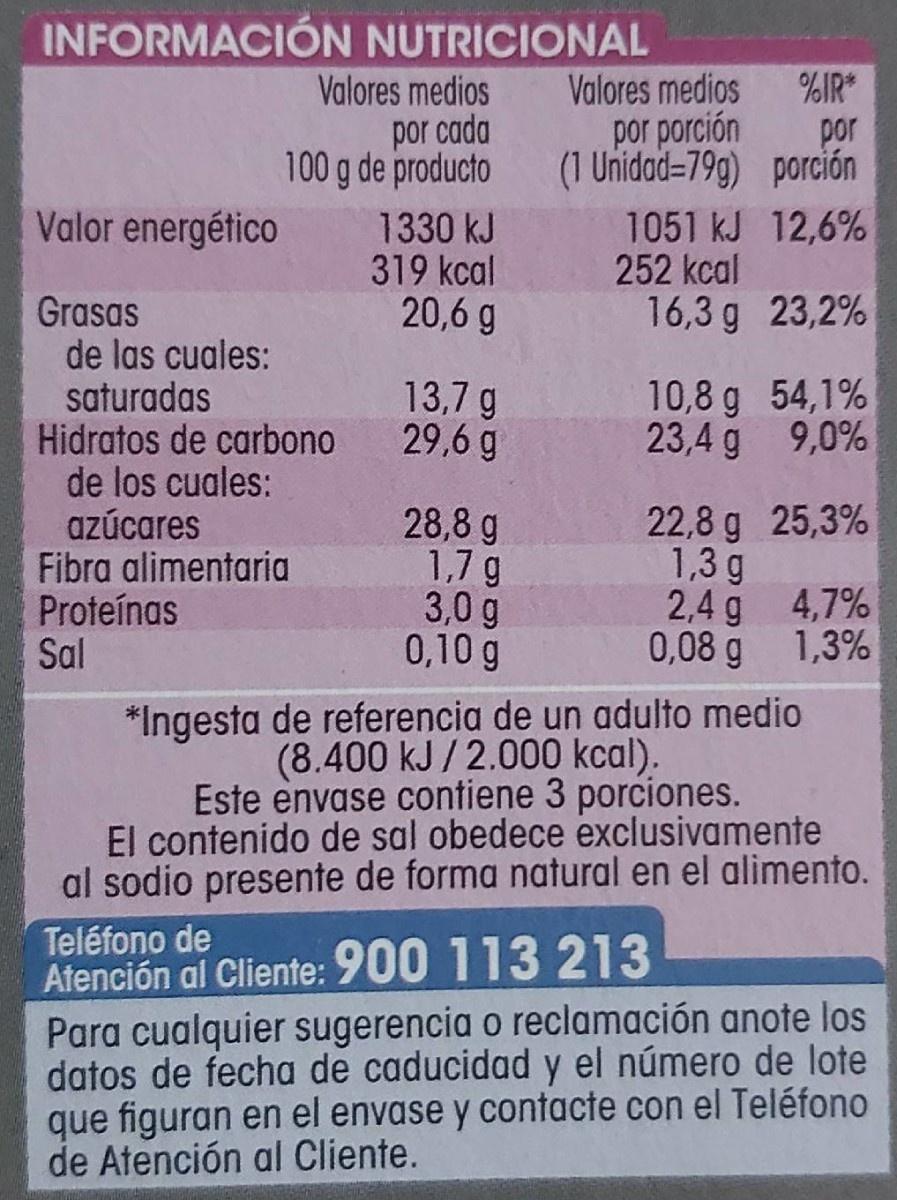
INFORMACIÓN NUTRICIONAL
Valores medios por porción (1 Unidad=79g) porción
%IR* por
Valores medios
por cada 100 g de producto
Valor energético
1330 kJ 319 kcal 20,6 g
1051 kJ 12,6% 252 kcal 16,3 g 23,2%
Grasas de las cuales: saturadas Hidratos de carbono de los cuales: azúcares Fibra alimentaria Proteínas Sal
13,7 g 29,6 g
10,8 g 54,1% 23,4 g 9,0%
28,8 g 1,7 g 3,0 g 0,10 g
22,8 g 25,3% 1,3 g 2,4 g 4,7%
0,08 g
1,3%
*Ingesta de referencia de un adulto medio (8.400 kJ /2.000 kcal). Este envase contiene 3 porciones. El contenido de sal obedece exclusivamente al sodio presente de forma natural en el alimento.
Teléfono de Atención al Cliente: 900 113 213 Para cualquier sugerencia o reclamación anote los datos de fecha de caducidad y el número de lote que figuran en el envase y contacte con el Teléfono de Atención al Cliente.